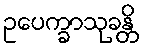
ဥပေက္ခာသုခန္တိ